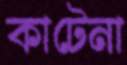
কাটেনা